Sketch of the medical history of the native army of Bombay, for the year
Year: 1870
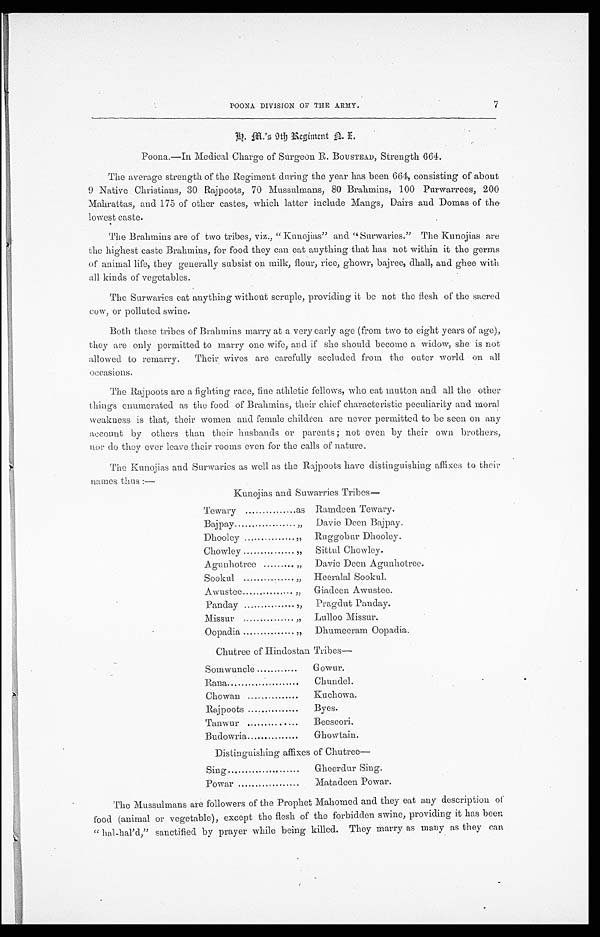
POONA DIVISION OF THE ARMY.
7
Poona.—In Medical Charge of Surgeon R. BOUSTEAD, Strength 664.
The average strength of the Regiment during the year has been 664, consisting of about
9 Native Christians, 30 Rajpoots, 70 Mussulmans, 80 Brahmins, 100 Purwarrees, 200
Mahrattas, and 175 of other castes, which latter include Mangs, Dairs and Domas of the
lowest caste.
The Brahmins are of two tribes, viz., "Kunojias" and. "Surwaries." The Kunojias are
the highest caste Brahmins, for food they can eat anything that has not within it the germs
of animal life, they generally subsist on milk, flour, rice, ghowr, bajree, dhall, and ghee with.
all kinds of vegetables.
The Surwaries eat anything without scruple, providing it be not the flesh of the sacred
cow, or polluted swine.
Both these tribes of Brahmins marry at a very early age (from two to eight years of age),
they are only permitted to marry one wife, and if she should become a widow, she is not
allowed to remarry. Their wives are carefully secluded from the outer world on all
occasions.
The Rajpoots are a fighting race, fine athletic fellows, who eat mutton and all the other
things enumerated as time food of Brahmins, their chief characteristic peculiarity and moral
weakness is that, their women and female children are never permitted to be seen on any
account by others than their husbands or parents; not even by their own brothers,
nor do they ever leave their rooms even for the calls of nature.
The Kunojias and Surwaries as well as the Rajpoots have distinguishing affixes to their
n a m e s t h u s : —
Kunojias and Suwarries Tribes —
Tewary
...
as Ramdeen Tewary.
Bajpay
...
„ Davie Deen Bajpay.
Dhooley
...
„ Ruggobur Dhooley.
Chowley
...
,, Sittul Chowley.
Agunhotree ...
„ Davie Deen Agunhotree.
Sookul
...
„ Heeralal Sookul.
Awustee ...
„ Giadeen Awustee.
Panday
...
,, Pragdut Paliday.
Missur
...
,, Lulloo Missur.
Oopadia
...
„ Dhumeeram Oopadia.
Chutree of Hindostan Tribes—
Somwuncle
. . . Gowur.
Rana
. . . Chundel.
Chowan
. . . Kuchowa.
Rajpoots.
. . . Byes.
Tanwur
...
Beeseori.
Budowria
. . . Ghowtain.
Distinguishing affixes of Chutree—
Sing ...
Gheerdur Sing.
Powar ...
Matadeen Powar.
The Mussulmans are followers of the Prophet Mahomed and they eat any description or
food (animal or vegetable), except the flesh of the forbidden swine, providing it has been
"hal-hal'd" sanctified by prayer while being killed. They marry as many as they can